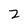
Character: 2